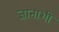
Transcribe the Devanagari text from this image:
ज्ञानाशी